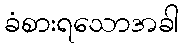
ခံစားရသောအခါ